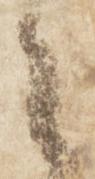
々